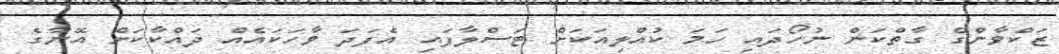
ޒަކްވާންގެ ގާތްކަން ނުހޯދައި ހަމަ ކުއްލިއަކަށް ޓަސްލާފައި އެފަދަ ވާހަކައެއް ދައްކާކަށް އޭނާގެ